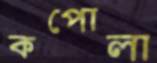
কপোলা